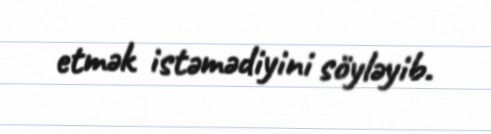
etmək istəmədiyini söyləyib.